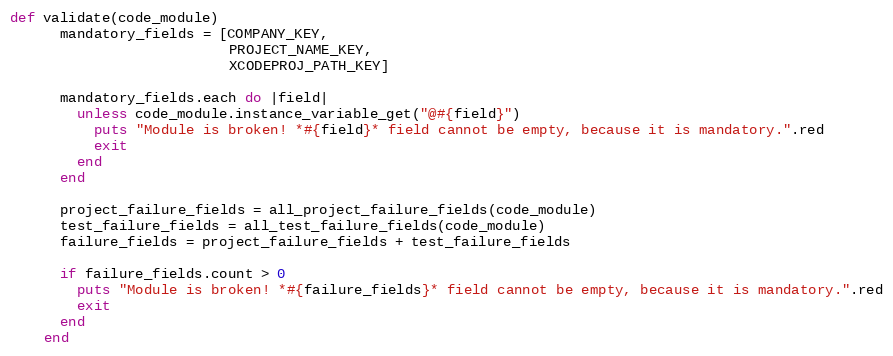
Language: Ruby
def validate(code_module)
      mandatory_fields = [COMPANY_KEY,
                          PROJECT_NAME_KEY,
                          XCODEPROJ_PATH_KEY]

      mandatory_fields.each do |field|
        unless code_module.instance_variable_get("@#{field}")
          puts "Module is broken! *#{field}* field cannot be empty, because it is mandatory.".red
          exit
        end
      end

      project_failure_fields = all_project_failure_fields(code_module)
      test_failure_fields = all_test_failure_fields(code_module)
      failure_fields = project_failure_fields + test_failure_fields

      if failure_fields.count > 0
        puts "Module is broken! *#{failure_fields}* field cannot be empty, because it is mandatory.".red
        exit
      end
    end